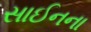
સાઈનના